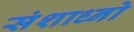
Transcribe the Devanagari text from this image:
संशाध्नो